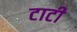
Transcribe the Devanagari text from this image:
टाटी